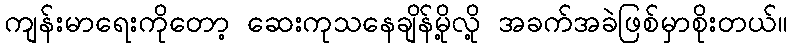
ကျန်းမာရေးကိုတော့ ဆေးကုသနေချိန်မို့လို့ အခက်အခဲဖြစ်မှာစိုးတယ်။